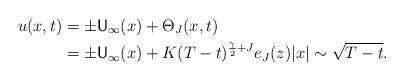
LaTeX: \begin{align*} u(x,t) &= \pm {\sf U}_\infty(x) + \Theta_J(x,t) \\ &= \pm {\sf U}_\infty(x) + K(T-t)^{\frac{\gamma}{2}+J} e_J(z) |x|\sim\sqrt{T-t}. \end{align*}